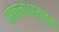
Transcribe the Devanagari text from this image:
सकलधर्मात्मा